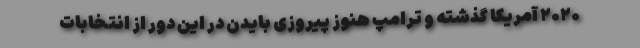
۲۰۲۰ آمریکا گذشته و ترامپ هنوز پیروزی بایدن در این دور از انتخابات